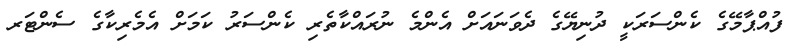
ފުއްޕާމޭގެ ކެންސަރަކީ ދުނިޔޭގެ ދެވަނައަށް އެންމެ ނުރައްކާތެރި ކެންސަރު ކަމަށް އެމެރިކާގެ ސެންޓަރ